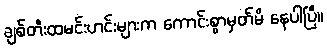
ချစ်တီးထမင်းဟင်းများက ကောင်းစွာမှတ်မိ နေပါပြီ။